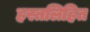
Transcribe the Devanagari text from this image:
हस्तलिहित